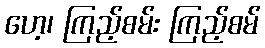
ဟေ့၊ ကြည့်စမ်း ကြည့်စမ်